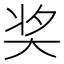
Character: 奖